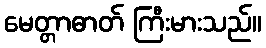
မေတ္တာဓာတ် ကြီးမားသည်။